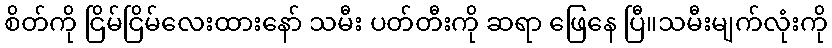
စိတ်ကို ငြိမ်ငြိမ်လေးထားနော် သမီး ပတ်တီးကို ဆရာ ဖြေနေ ပြီ။သမီးမျက်လုံးကို